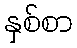
နှစ်စာ